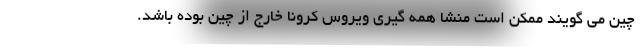
چین می گویند ممکن است منشا همه گیری ویروس کرونا خارج از چین بوده باشد.